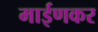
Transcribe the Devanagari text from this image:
माईणकर